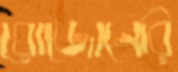
রোজোনেরি